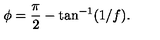
{ \cal \phi } = \frac { \pi } { 2 } - \tan ^ { - 1 } ( 1 / f ) .